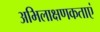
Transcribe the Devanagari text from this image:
अभिलाक्षणकताएं